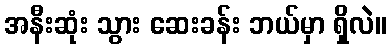
အနီးဆုံး သွား ဆေးခန်း ဘယ်မှာ ရှိလဲ။